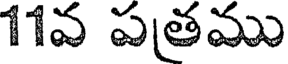
11వ పత్రము